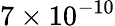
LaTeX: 7\times 10^{-10}